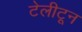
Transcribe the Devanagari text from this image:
टेलीटून